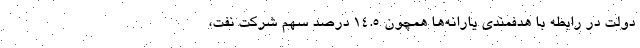
دولت در رابطه با هدفمندی یارانه‌ها همچون 14.5 درصد سهم شرکت نفت،